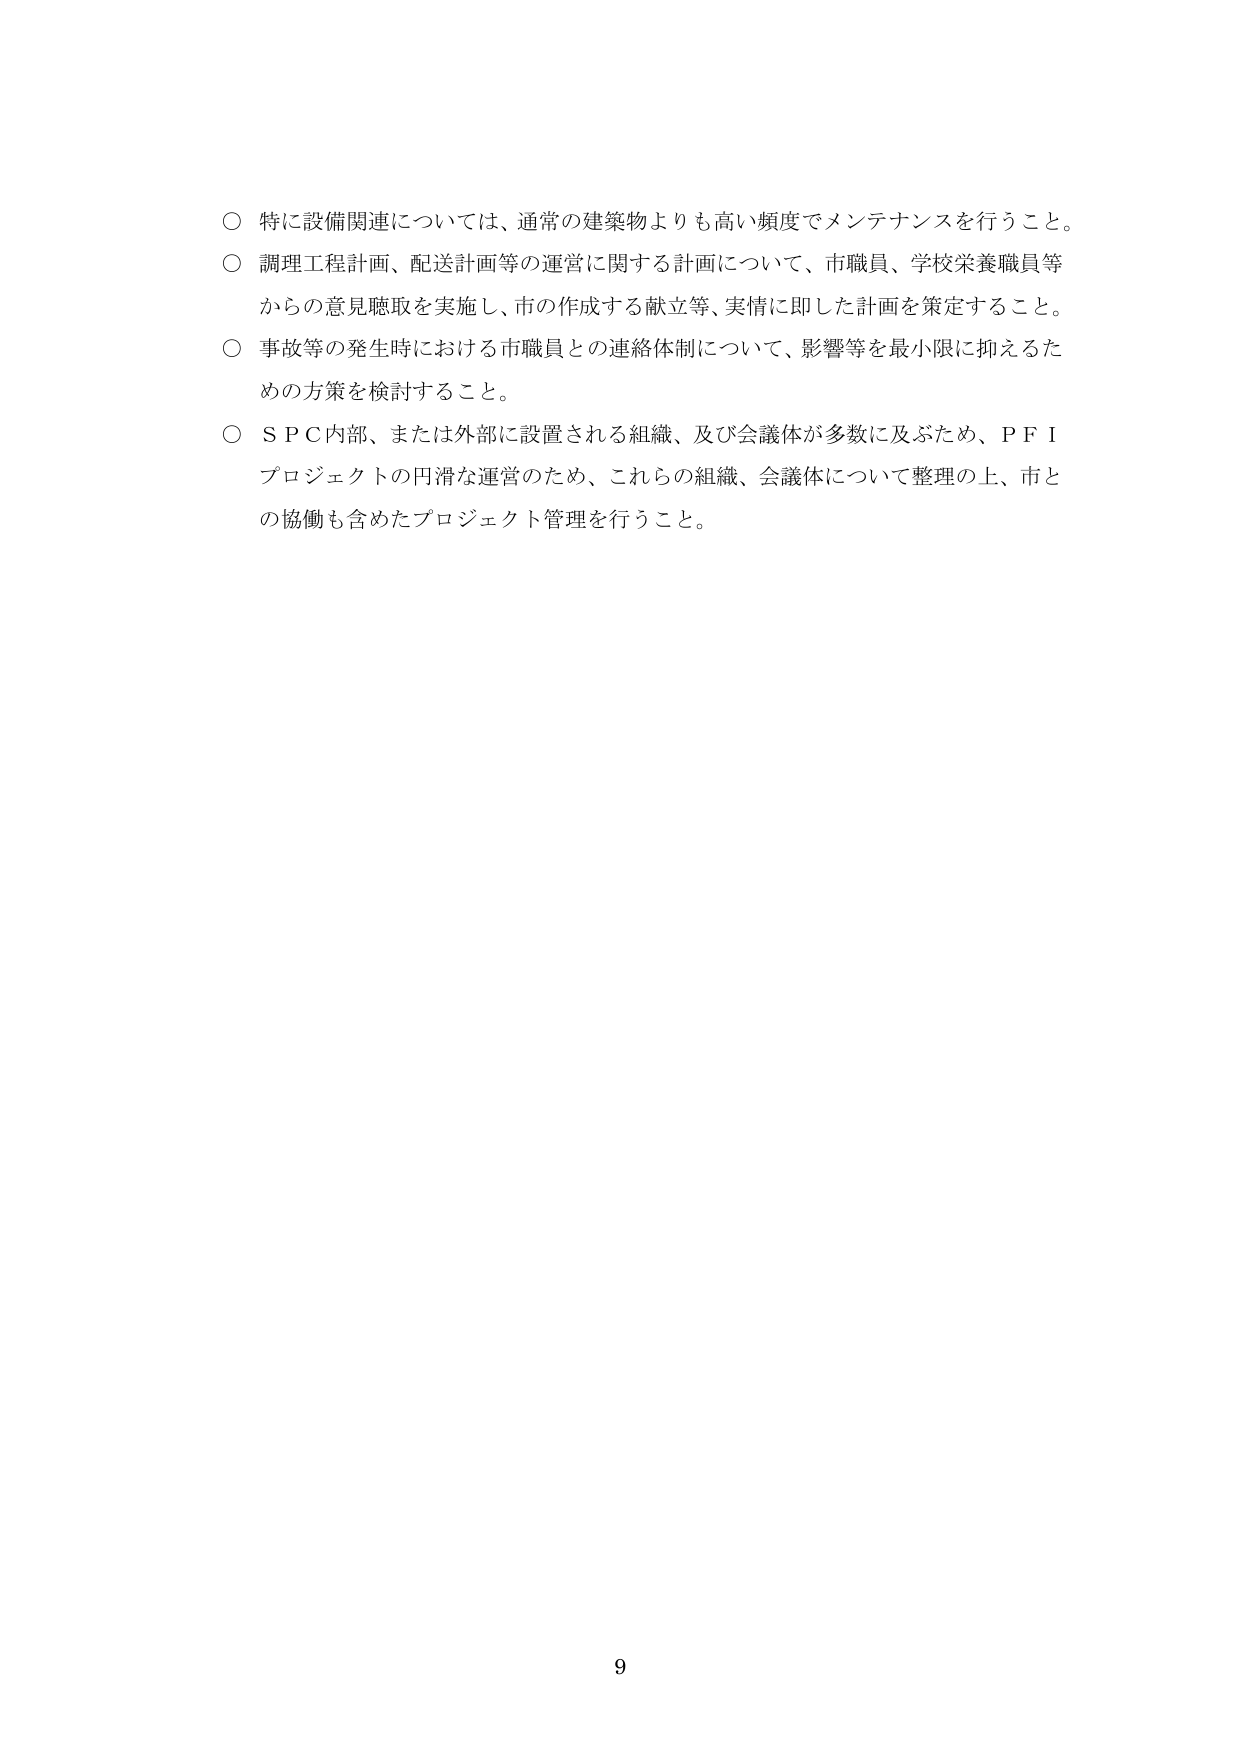
○ 特に設備関連については、通常の建築物よりも高い頻度でメンテナンスを行うこと。

○ 調理工程計画、配送計画等の運営に関する計画について、市職員、学校栄養職員等からの意見聴取を実施し、市の作成する献立等、実情に即した計画を策定すること。

○ 事故等の発生時における市職員との連絡体制について、影響等を最小限に抑えるための方策を検討すること。

○ ＳＰＣ内部、または外部に設置される組織、及び会議体が多数に及ぶため、ＰＦＩプロジェクトの円滑な運営のため、これらの組織、会議体について整理の上、市との協働も含めたプロジェクト管理を行うこと。

9